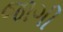
જાગી